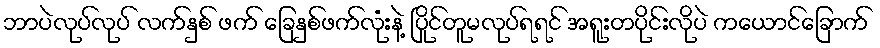
ဘာပဲလုပ်လုပ် လက်နှစ် ဖက် ခြေနှစ်ဖက်လုံးနဲ့ ပြိုင်တူမလုပ်ရရင် အရူးတပိုင်းလိုပဲ ကယောင်ခြောက်